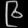
Digit: ၉